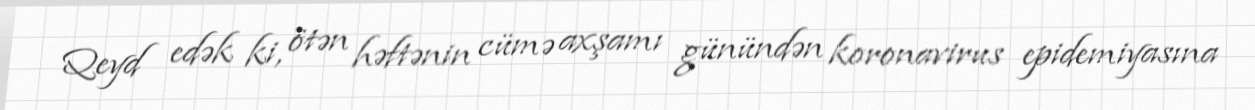
Qeyd edək ki, ötən həftənin cümə axşamı günündən koronavirus epidemiyasına